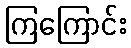
ကြကြောင်း